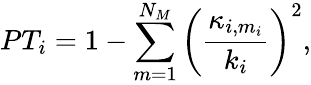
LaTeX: PT_{i}=1-\sum_{m=1}^{N_{M}}\left(\frac{\kappa_{i,m_{i}}}{k_{i}}\right)^{2},